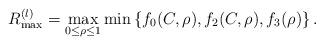
LaTeX: \begin{align*}R^{(l)}_{\max}=\max_{0\leq\rho\leq 1} \min\left\{f_0(C,\rho),f_2(C,\rho),f_3(\rho)\right\}.\end{align*}